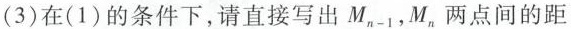
(3)在(1)的条件下，请直接写出M，，M，两点间的距